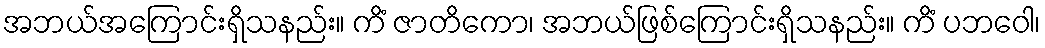
အဘယ်အကြောင်းရှိသနည်း။ ကိံ ဇာတိကော၊ အဘယ်ဖြစ်ကြောင်းရှိသနည်း။ ကိံ ပဘဝေါ၊